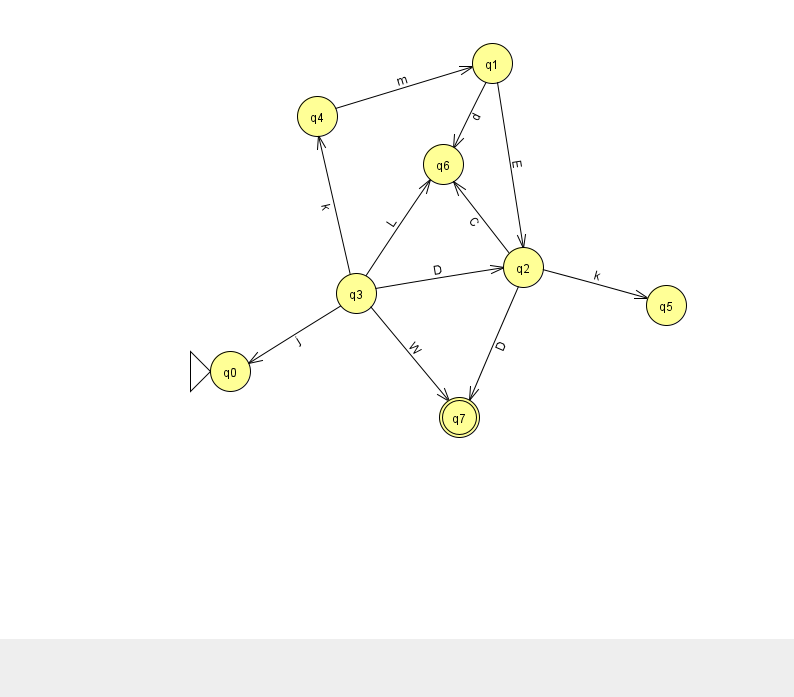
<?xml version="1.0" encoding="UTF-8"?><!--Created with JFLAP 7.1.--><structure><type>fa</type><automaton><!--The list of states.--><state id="0" name="q0"><x>230.0</x><y>358.0</y><initial/></state><state id="1" name="q1"><x>492.0</x><y>50.0</y></state><state id="2" name="q2"><x>523.0</x><y>254.0</y></state><state id="3" name="q3"><x>356.0</x><y>280.0</y></state><state id="4" name="q4"><x>317.0</x><y>103.0</y></state><state id="5" name="q5"><x>666.0</x><y>292.0</y></state><state id="6" name="q6"><x>443.0</x><y>151.0</y></state><state id="7" name="q7"><x>459.0</x><y>404.0</y><final/></state><!--The list of transitions.--><transition><from>1</from><to>2</to><read>E</read></transition><transition><from>3</from><to>4</to><read>k</read></transition><transition><from>2</from><to>5</to><read>k</read></transition><transition><from>2</from><to>7</to><read>D</read></transition><transition><from>3</from><to>6</to><read>L</read></transition><transition><from>1</from><to>6</to><read>d</read></transition><transition><from>2</from><to>6</to><read>C</read></transition><transition><from>3</from><to>2</to><read>D</read></transition><transition><from>3</from><to>7</to><read>W</read></transition><transition><from>3</from><to>0</to><read>j</read></transition><transition><from>4</from><to>1</to><read>m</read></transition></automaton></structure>